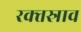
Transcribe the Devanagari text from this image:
रक्‍तस्राव